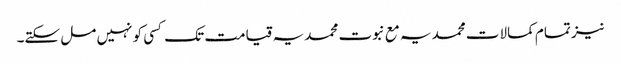
نیز تمام کمالات محمدیہ مع نبوت محمدیہ قیامت تک کسی کو نہیں مل سکتے۔